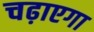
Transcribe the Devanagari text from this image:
चढ़ाएगा